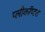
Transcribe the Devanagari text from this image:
प्लीकॉप्टरा